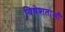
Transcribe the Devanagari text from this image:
विषेशताऔ